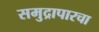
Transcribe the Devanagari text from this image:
समुद्रापारचा